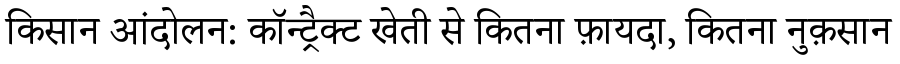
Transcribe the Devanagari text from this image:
किसान आंदोलन: कॉन्ट्रैक्ट खेती से कितना फ़ायदा, कितना नुक़सान